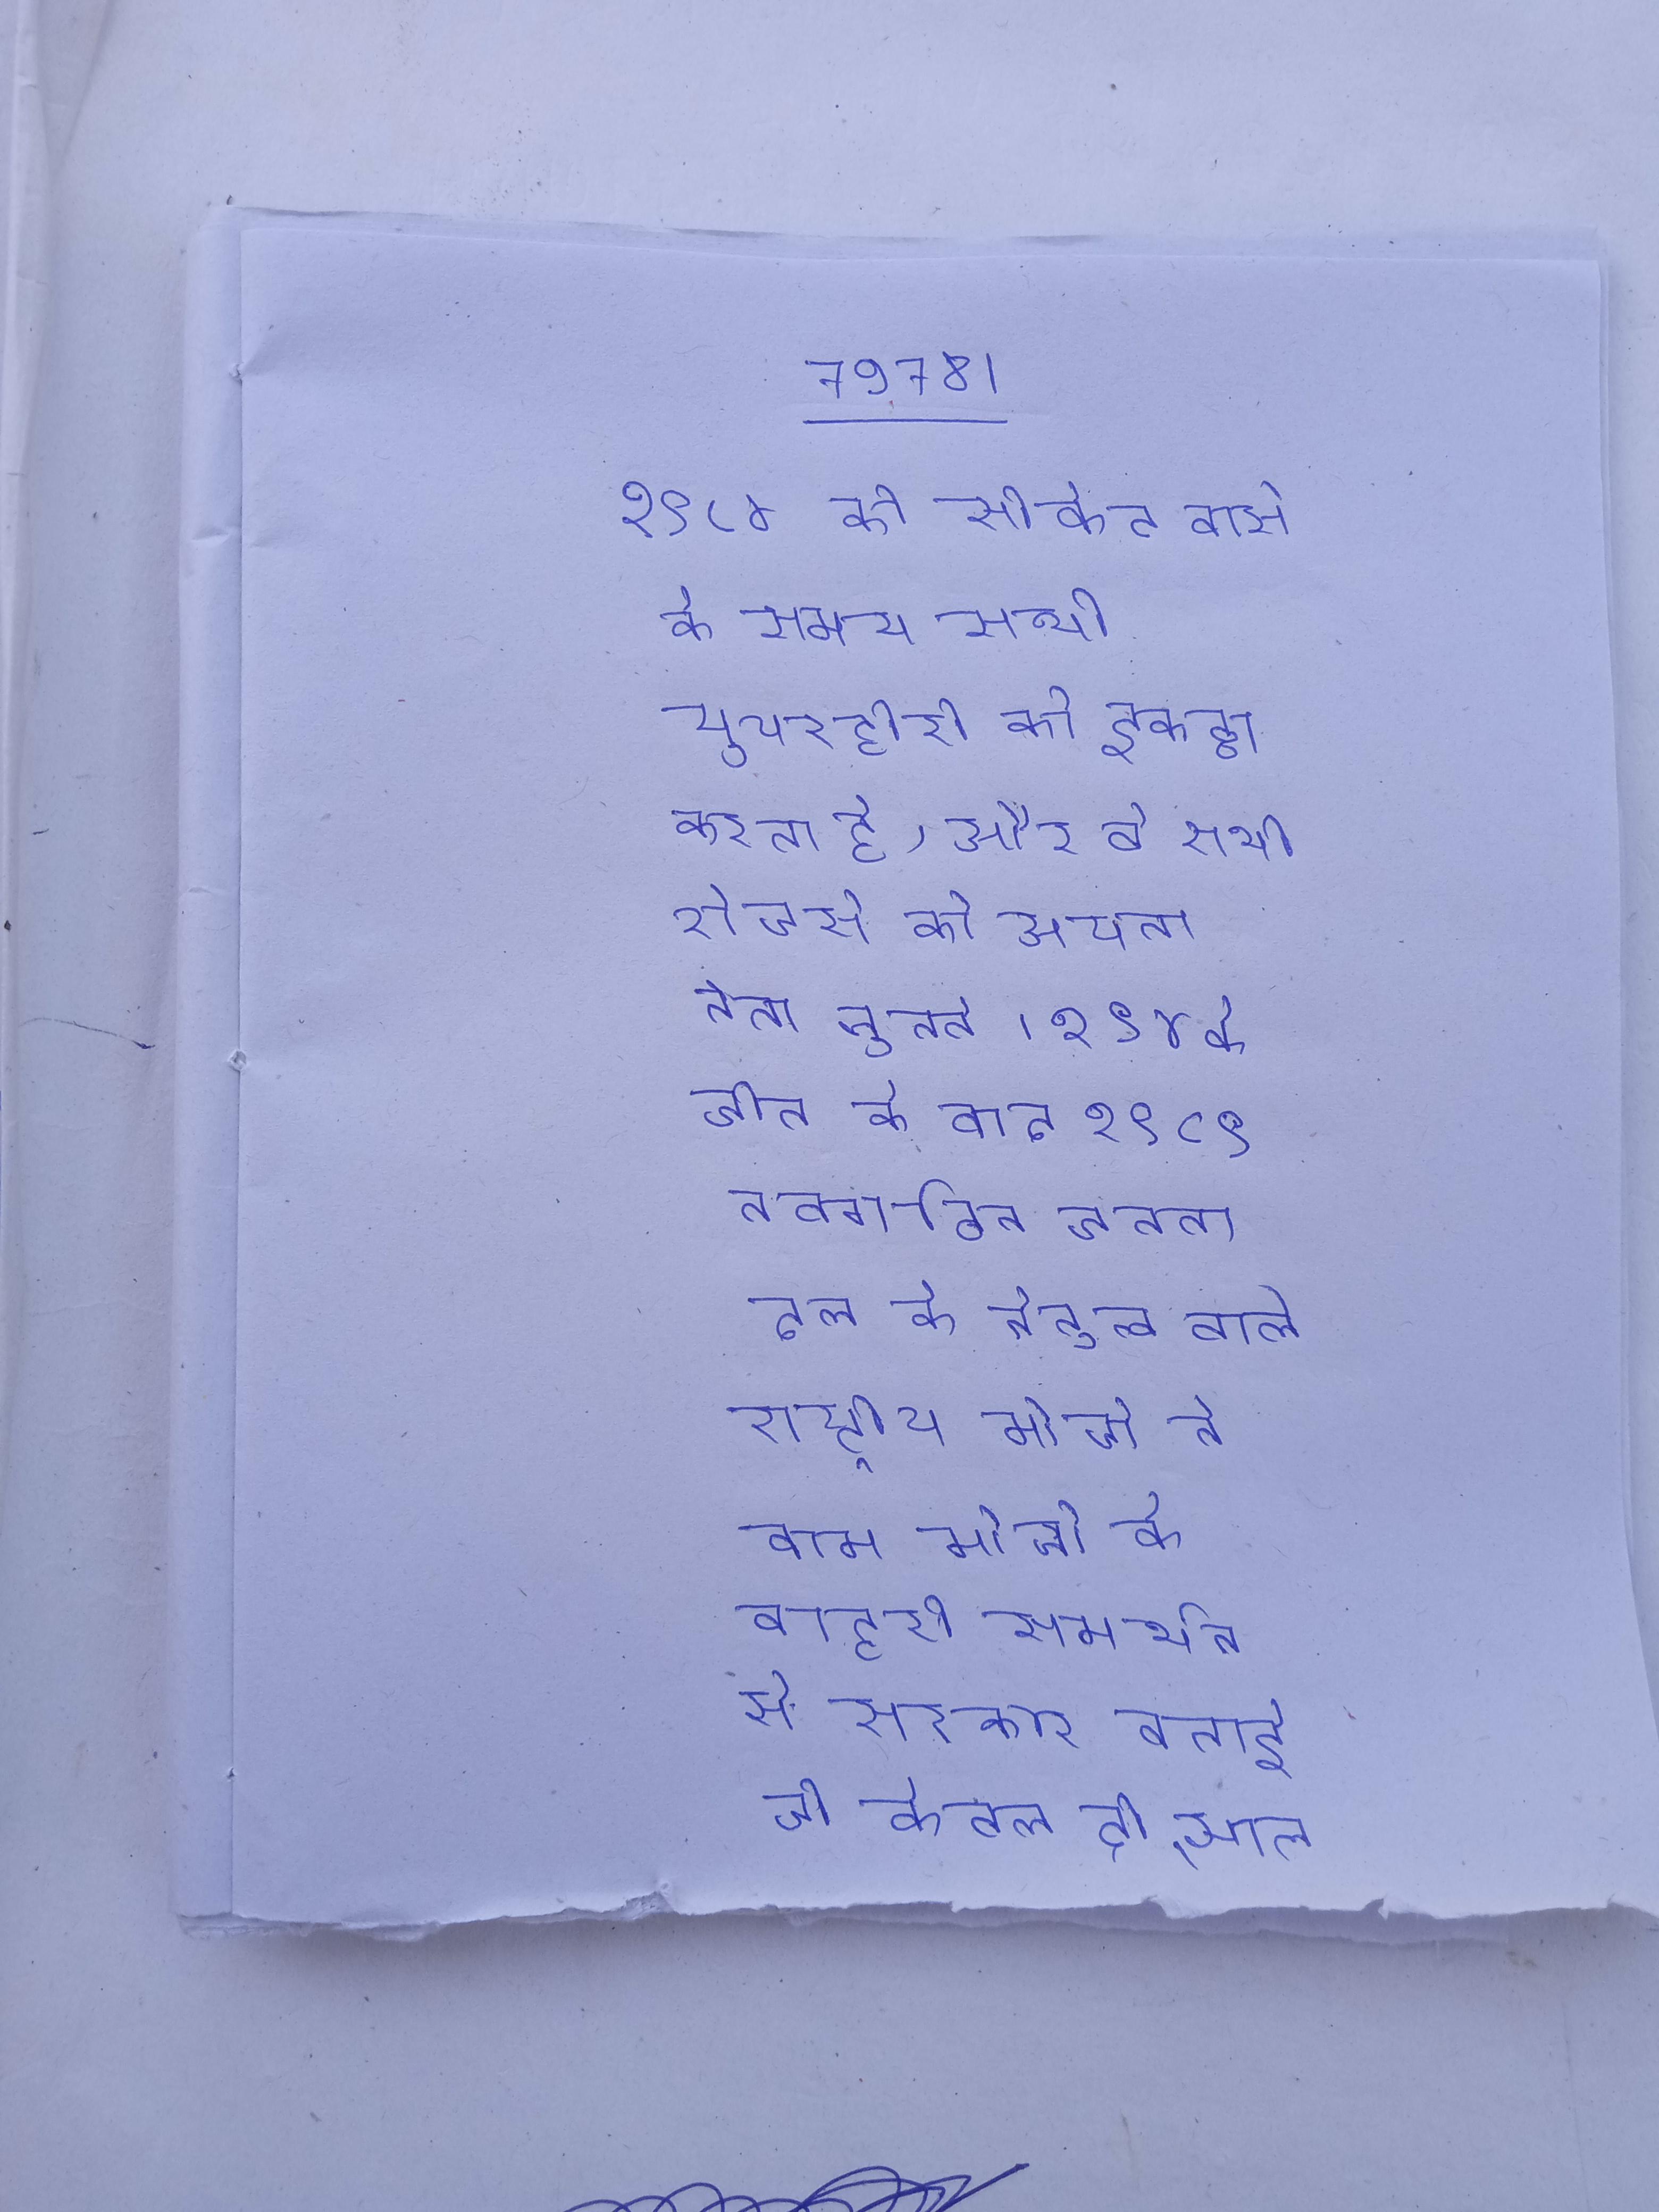
१९८४ की सीक्रेट वार्स के समय सभी सुपरहीरो को इकठ्ठा करता है, और वे सभी रोजर्स को अपना नेता चुनते । १९८४ के जीत के बाद १९८९ नवगठित जनता दल के नेतृत्व वाले राष्ट्रीय मोर्चा ने वाम मोर्चा के बाहरी समर्थन से सरकार बनाई, जो केवल दो साल चली ।